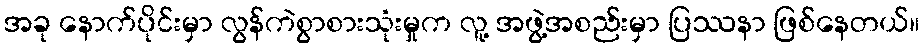
အခု နောက်ပိုင်းမှာ လွန်ကဲစွာစားသုံးမှုက လူ့ အဖွဲ့အစည်းမှာ ပြဿနာ ဖြစ်နေတယ်။